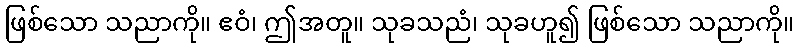
ဖြစ်သော သညာကို။ ဧဝံ၊ ဤအတူ။ သုခသညံ၊ သုခဟူ၍ ဖြစ်သော သညာကို။